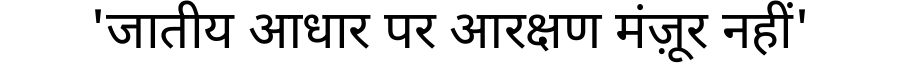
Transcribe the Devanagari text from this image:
'जातीय आधार पर आरक्षण मंज़ूर नहीं'